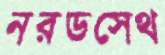
নরডসেথ